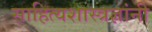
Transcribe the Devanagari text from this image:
साहित्यशास्त्रज्ञांनी